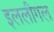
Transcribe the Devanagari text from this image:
इललीगल